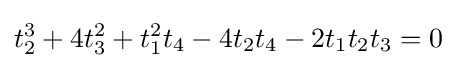
t_{2}^{3}+4t_{3}^{2}+t_{1}^{2}t_{4}-4t_{2}t_{4}-2t_{1}t_{2}t_{3}=0